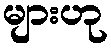
များဟု